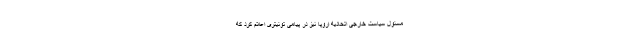
مسئول سیاست خارجی اتحادیه اروپا نیز در پیامی توئیتری اعلام کرد که